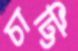
চাট্টি